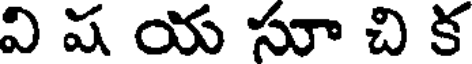
వి ష య సూ చి క